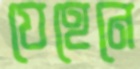
যেহেনে